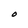
Character: O